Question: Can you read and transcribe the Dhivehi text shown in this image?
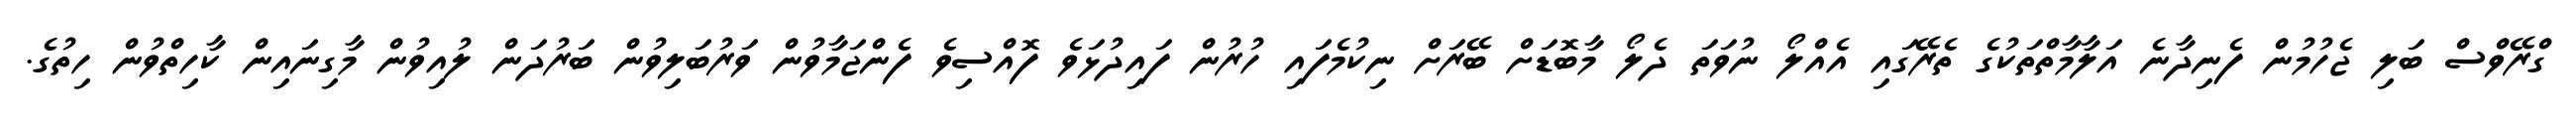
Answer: ގްރޭވްސް ބަލި ޖެހުމުން ފެނިދާނެ އަލާމާތްތަކުގެ ތެރޭގައި އެއްލޯ ނުވަތަ ދެލޯ މާބޮޑަށް ބޭރަށް ނިކުމެފައި ހުރުން ފައިދުޅަވެ ފޮއްސިވެ ފެންޖަމާވުން ވަރުބަލިވުން ބަރުދަން ލުއިވުން މާގިނައިން ކާހިތްވުން ހިތުގެ.